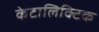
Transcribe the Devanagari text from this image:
केटालिक्टिक